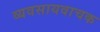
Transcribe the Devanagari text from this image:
व्यवसायवाचक